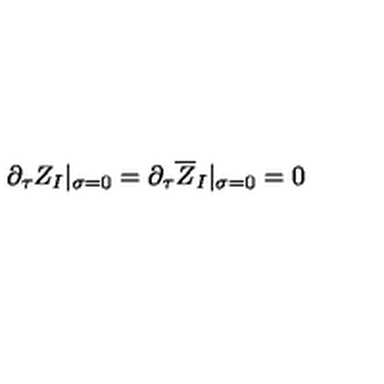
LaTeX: \partial _ { \tau } Z _ { I } | _ { \sigma = 0 } = \partial _ { \tau } \overline { { Z } } _ { I } | _ { \sigma = 0 } = 0